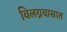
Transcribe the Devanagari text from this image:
विलग्नवासात